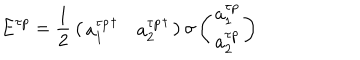
{ \bf E } ^ { \tau p } = { \frac { 1 } { 2 } } \left( \begin{array} { c c } { { { a _ { 1 } ^ { \tau p } } ^ { \dagger } } } & { { { a _ { 2 } ^ { \tau p } } ^ { \dagger } } } \\ \end{array} \right) { \bf \sigma } \left( \begin{array} { c } { { a _ { 1 } ^ { \tau p } } } \\ { { a _ { 2 } ^ { \tau p } } } \\ \end{array} \right)